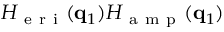
H _ { \mathrm { ~ e ~ r ~ i ~ } } ( \mathbf { q } _ { 1 } ) H _ { \mathrm { ~ a ~ m ~ p ~ } } ( \mathbf { q } _ { 1 } )